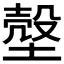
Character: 𰊙